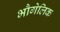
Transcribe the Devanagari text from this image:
भौगेलिक